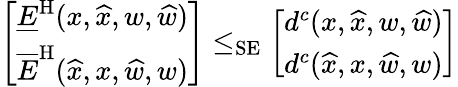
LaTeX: \left[\begin{array}{l}{\underline{{E}}^{\mathrm{H}}(x,\widehat{x},w,\widehat{w})}\\ {\overline{{E}}^{\mathrm{H}}(\widehat{x},x,\widehat{w},w)}\end{array}\right]\le_{\mathrm{SE}}\left[\begin{array}{l}{d^{c}(x,\widehat{x},w,\widehat{w})}\\ {d^{c}(\widehat{x},x,\widehat{w},w)}\end{array}\right]